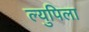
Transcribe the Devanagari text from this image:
ल्युपिला